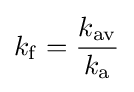
k_{\mathrm {f} }={\frac {k_{\mathrm {av} }}{k_{\mathrm {a} }}}